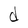
Character: d